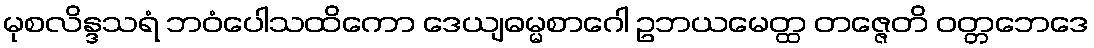
မုစလိန္ဒသရံ ဘဝံပေါသထိကော ဒေယျဓမ္မစာဂေါ ဥဘယမေတ္ထ တဇ္ဇေတိ ဝတ္တဘေဒေ